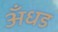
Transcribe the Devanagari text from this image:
अँधड